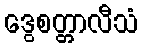
ဒွေစတ္တာလီသံ